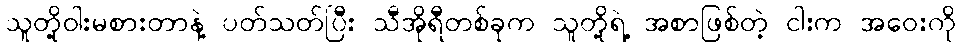
သူတို့ဝါးမစားတာနဲ့ ပတ်သတ်ပြီး သီအိုရီတစ်ခုက သူတို့ရဲ့ အစာဖြစ်တဲ့ ငါးက အဝေးကို